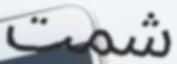
شمت